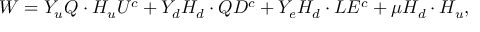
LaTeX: W = Y _ { u } Q \cdot H _ { u } U ^ { c } + Y _ { d } H _ { d } \cdot Q D ^ { c } + Y _ { e } H _ { d } \cdot L E ^ { c } + \mu H _ { d } \cdot H _ { u } ,